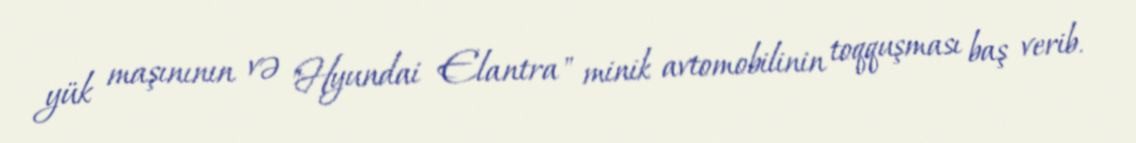
yük maşınının və "Hyundai Elantra" minik avtomobilinin toqquşması baş verib.